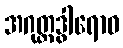
အဂုတ္တဒွါရောဝ